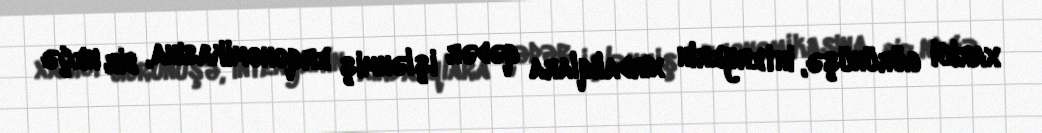
xarici görünüşə, interyerin xırdalıqlara qədər işlənmiş erqonomikasına, bir neçə